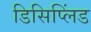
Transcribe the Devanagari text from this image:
डिसिप्लिंड